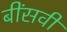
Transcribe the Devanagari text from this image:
बींसवी